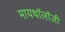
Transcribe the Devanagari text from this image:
मायथॉलॉजी